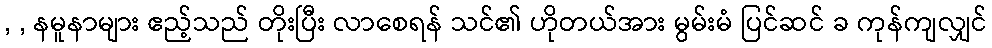
, , နမူနာများ ဧည့်သည် တိုးပြီး လာစေရန် သင်၏ ဟိုတယ်အား မွမ်းမံ ပြင်ဆင် ခ ကုန်ကျလျှင်